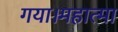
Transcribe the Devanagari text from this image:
गया।महात्मा